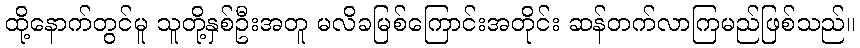
ထို့နောက်တွင်မူ သူတို့နှစ်ဦးအတူ မလိခမြစ်ကြောင်းအတိုင်း ဆန်တက်လာကြမည်ဖြစ်သည်။